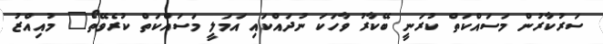
ސަރުކާރުން މަސައްކަތް ކުރަނީ ބޭކާރު ވާހަކަ ނުދައްކައި އަމަލީ މަސައްކަތް ކުރެވޭތޯ" މުއިއްޒު